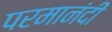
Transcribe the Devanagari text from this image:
परमानंदीं